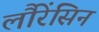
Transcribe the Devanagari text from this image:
लौरेंसिन